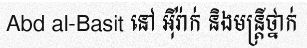
Abd al-Basit នៅ អ៊ីរ៉ាក់ និងមន្ត្រីថ្នាក់